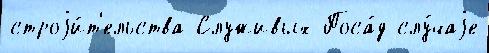
строjи́т'ельства Служивых Поса́д слу́чаjе